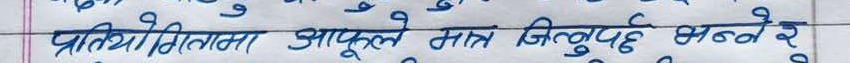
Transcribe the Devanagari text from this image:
प्रतियोगितामा आफूले मात्र जित्नुपर्छ भन्ने र